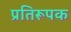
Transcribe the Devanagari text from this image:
प्रतिरूपक